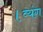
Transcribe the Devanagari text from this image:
।व्यंग